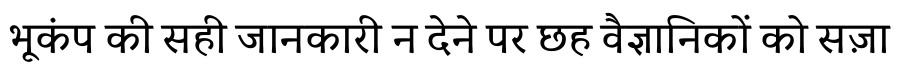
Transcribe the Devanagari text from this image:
भूकंप की सही जानकारी न देने पर छह वैज्ञानिकों को सज़ा